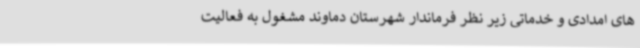
های امدادی و خدماتی زیر نظر فرماندار شهرستان دماوند مشغول به فعالیت